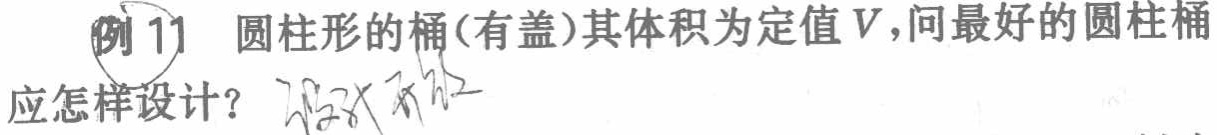
例 11 圆柱形的桶(有盖)其体积为定值 \(V\)，问最好的圆柱桶应怎样设计？